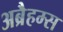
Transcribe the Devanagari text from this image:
अब्रैहम्स